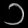
Digit: ၁